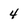
Character: 4